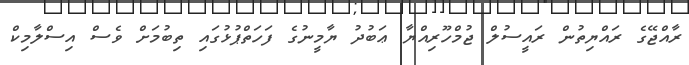
ރާއްޖޭގެ ރައްޔިތުން ރައީސުލް ޖުމްހޫރިއްޔާ ޢަބުދު ޔާމީނުގެ ފަހަތްޕުޅުގައި ތިބުމަށް ވެސް އިސްލާމިކް